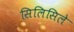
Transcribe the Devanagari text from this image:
सिलिसिले